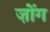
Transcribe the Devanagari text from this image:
ज़ोंग